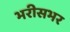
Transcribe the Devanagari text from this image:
भरीसभर